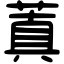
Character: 蒖